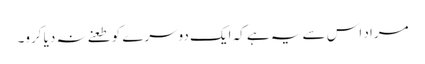
مراد اس سے یہ ہے کہ ایک دوسرے کو طعنے نہ دیا کرو۔